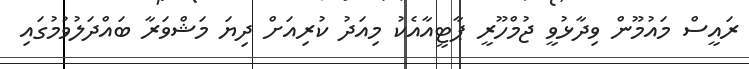
ރައީސް މައުމޫން ވިދާޅުވީ ޖުމްހޫރީ ޕާޓީއާއެކު މިއަދު ކުރިއަށް ދިޔަ މަޝްވަރާ ބައްދަލުވުމުގައި